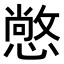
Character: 𢢌